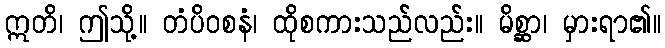
ဣတိ၊ ဤသို့။ တံပိဝစနံ၊ ထိုစကားသည်လည်း။ မိစ္ဆာ၊ မှားရာ၏။